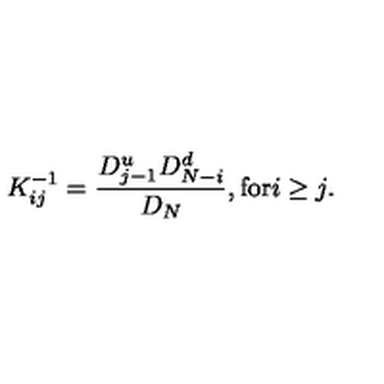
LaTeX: \: K _ { i j } ^ { - 1 } = \frac { D _ { j - 1 } ^ { u } D _ { N - i } ^ { d } } { D _ { N } } , \mathrm { f o r } i \geq j . \: